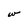
Character: w